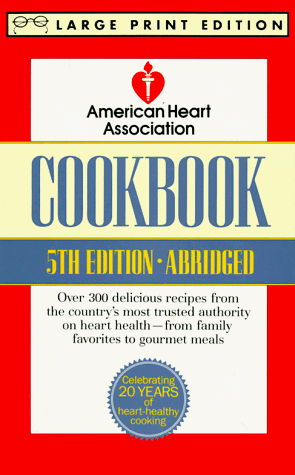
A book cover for American Heart Association Cookbook; American Heart Association; Health, Fitness & Dieting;